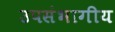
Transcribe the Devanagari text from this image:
उपसंभागीय